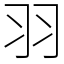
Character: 羽